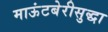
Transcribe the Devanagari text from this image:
माऊंटबेरीसुद्धा